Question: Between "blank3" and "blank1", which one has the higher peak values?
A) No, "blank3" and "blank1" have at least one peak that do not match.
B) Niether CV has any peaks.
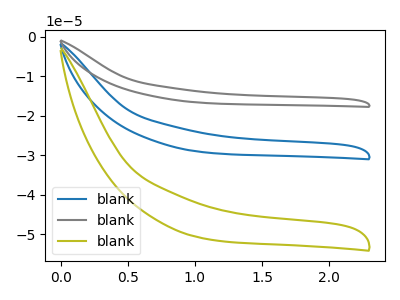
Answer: <think>The blue curve "blank1" has no peaks. The gray curve "blank2" has no peaks. The olive curve "blank3" has no peaks.</think>
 <answer>B) Niether CV has any peaks.</answer>
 <eval>B</eval>